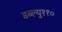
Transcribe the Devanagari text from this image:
डब्ल्यु११०